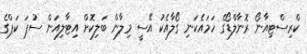
ކްރިސްޓިއާނޯ ރޮނާލްޑޯގެ ހަމައެކަނި ގޯލާއެކު އޭސީ މިލާން ބަލިކޮށް އިޓާލިއަން ސުޕަ ކަޕްގެ